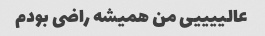
عالییییی من همیشه راضی بودم